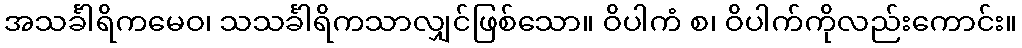
အသင်္ခါရိကမေဝ၊ သသင်္ခါရိကသာလျှင်ဖြစ်သော။ ဝိပါကံ စ၊ ဝိပါက်ကိုလည်းကောင်း။